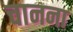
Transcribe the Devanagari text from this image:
चानना